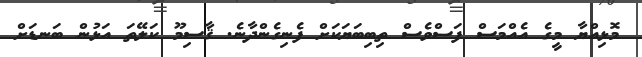
މޮޅިއްޔާ މީގެ އެއްމަސް ފަސްވެސް ތިބިބަޔަކަށް ފެނިގެންދާނެ. ޤާސިމޫ ކަލޭތަ އަޅުން ބަނޑަށް